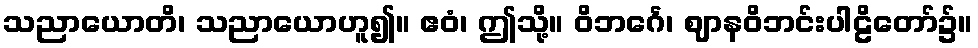
သညာယောတိ၊ သညာယောဟူ၍။ ဧဝံ၊ ဤသို့။ ဝိဘင်္ဂေ၊ ဈာနဝိဘင်းပါဠိတော်၌။